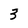
Character: 3